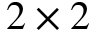
2 \times 2